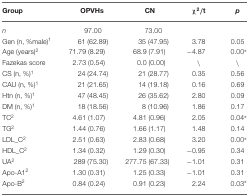
<table><thead><tr><td><b>Group</b></td><td><b>OPVHs</b></td><td><b>CN</b></td><td><b><i>χ</i><sup>2</sup>/t</b></td><td><b><i>p</i></b></td></tr></thead><tbody><tr><td><i>n</i></td><td>97.00</td><td>73.00</td><td></td><td></td></tr><tr><td>Gen (n, %male)<sup>1</sup></td><td>61 (62.89)</td><td>35 (47.95)</td><td>3.78</td><td>0.05</td></tr><tr><td>Age (years)<sup>2</sup></td><td>71.79 (8.29)</td><td>68.9 (7.91)</td><td>−4.87</td><td>0.00*</td></tr><tr><td>Fazekas score</td><td>2.73 (0.54)</td><td>0.0 (0.00)</td><td>\</td><td>\</td></tr><tr><td>CS (n, %)<sup>1</sup></td><td>24 (24.74)</td><td>21 (28.77)</td><td>0.35</td><td>0.56</td></tr><tr><td>CAU (n, %)<sup>1</sup></td><td>21 (21.65)</td><td>14 (19.18)</td><td>0.16</td><td>0.69</td></tr><tr><td>Htn (n, %)<sup>1</sup></td><td>47 (48.45)</td><td>26 (35.62)</td><td>2.80</td><td>0.09</td></tr><tr><td>DM (n, %)<sup>1</sup></td><td>18 (18.56)</td><td>8 (10.96)</td><td>1.86</td><td>0.17</td></tr><tr><td>TC<sup>2</sup></td><td>4.61 (1.07)</td><td>4.81 (0.96)</td><td>2.05</td><td>0.04*</td></tr><tr><td>TG<sup>2</sup></td><td>1.44 (0.76)</td><td>1.66 (1.17)</td><td>1.48</td><td>0.14</td></tr><tr><td>LDL_C<sup>2</sup></td><td>2.51 (0.63)</td><td>2.83 (0.68)</td><td>3.20</td><td>0.00*</td></tr><tr><td>HDL_C<sup>2</sup></td><td>1.34 (0.32)</td><td>1.29 (0.30)</td><td>−0.95</td><td>0.34</td></tr><tr><td>UA<sup>2</sup></td><td>289 (75.30)</td><td>277.75 (67.33)</td><td>−1.01</td><td>0.31</td></tr><tr><td>Apo-A1<sup>2</sup></td><td>1.30 (0.31)</td><td>1.25 (0.33)</td><td>−1.01</td><td>0.31</td></tr><tr><td>Apo-B<sup>2</sup></td><td>0.84 (0.24)</td><td>0.91 (0.23)</td><td>2.24</td><td>0.03*</td></tr></tbody></table>